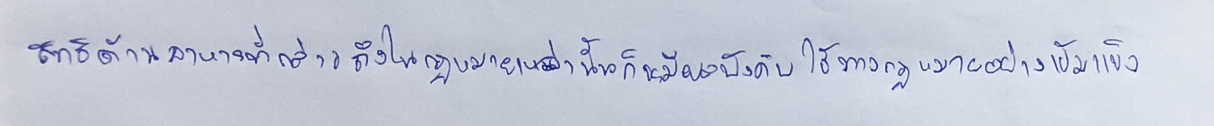
สิทธิด้านอาหารที่กล่าวถึงในกฎหมายเหล่านั้นก็จะมีผลบังคับใช้ทางกฎหมายอย่างเข้มแข็ง